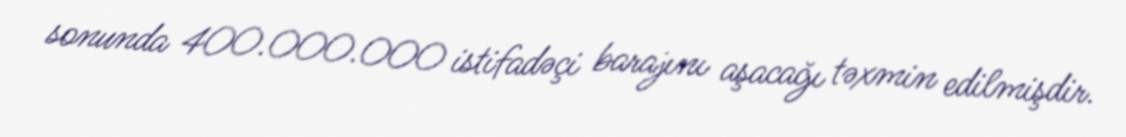
sonunda 400.000.000 istifadəçi barajını aşacağı təxmin edilmişdir.